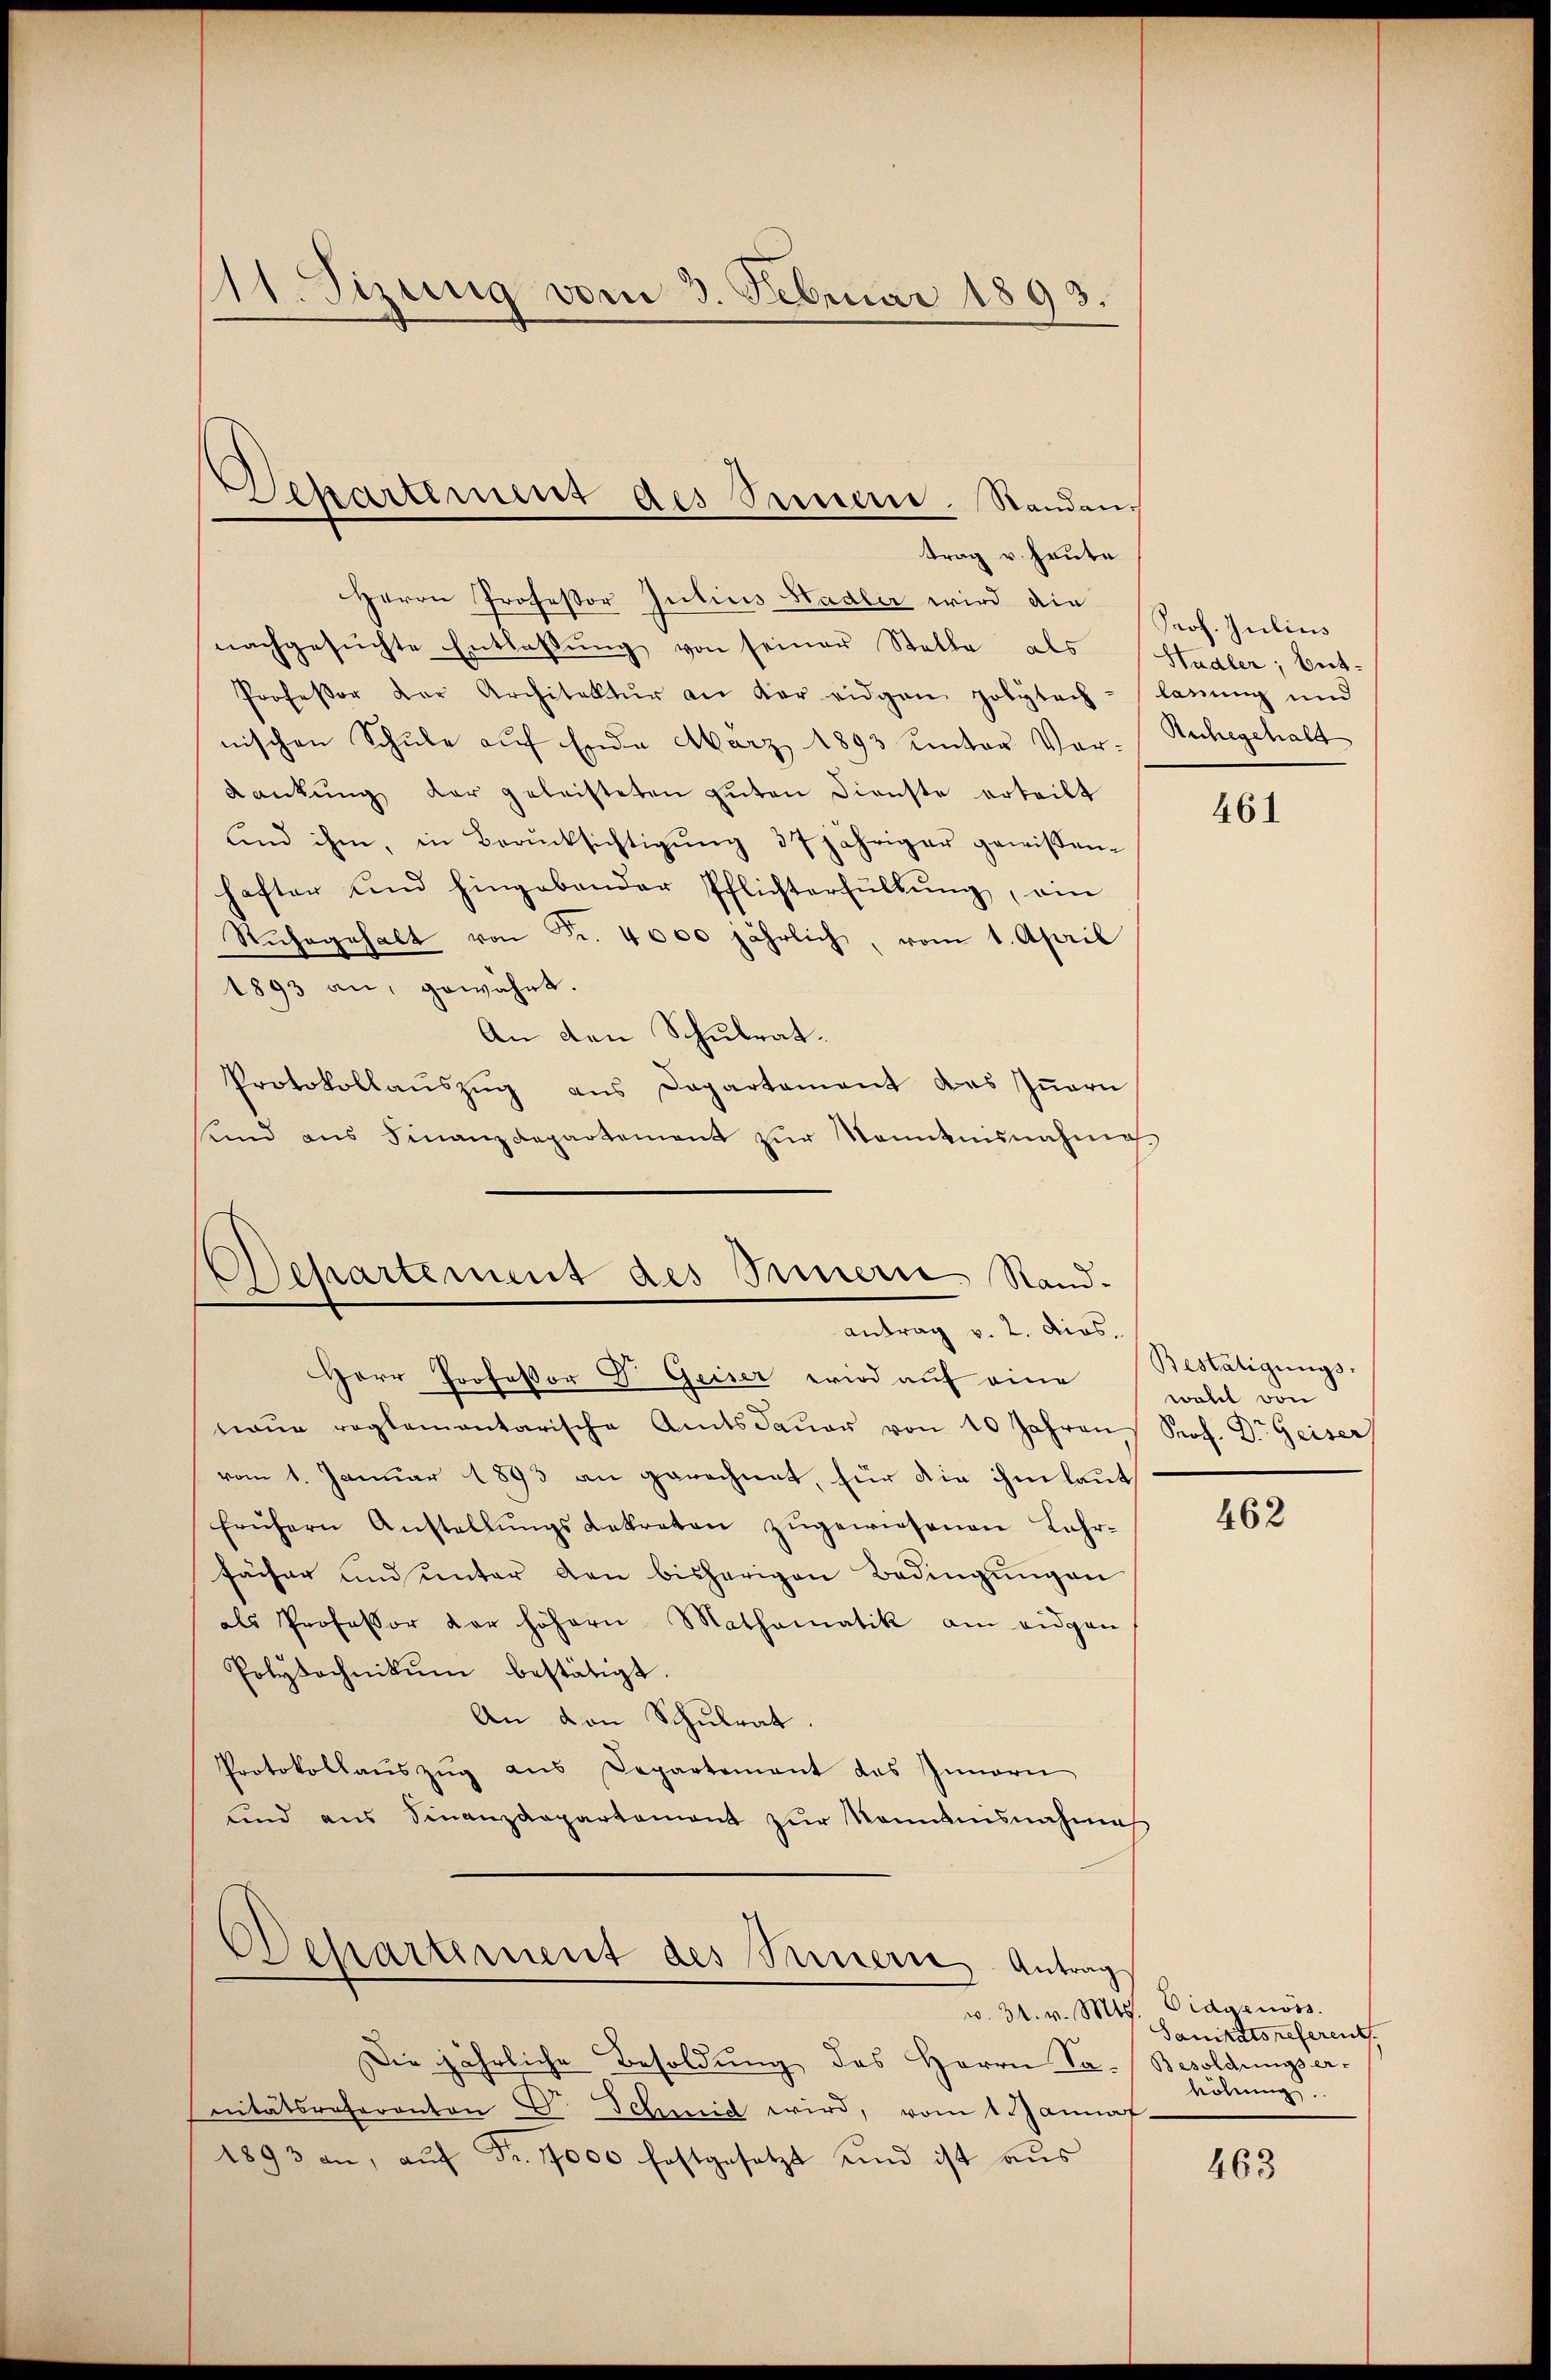
1. Tizung vom 3. Februar 1893.

Herrn Professor Julius Hadler wird die
nachgesŭchte Entlaßung von seiner Stelle als Stadler; bet¬
Professor der Architektur an der eidgen polytech-lanŭng und
nischen Schule auf Ende März 1893 unter Vor-Ruhegehalt
Kankŭng der geleisteten gŭten Dienste erteilt
und ihm, in Berücksichtigŭng 37 jähriger gewissen-
hafter und hingabender Pflichterfüllŭng, ein
Rŭhegehalt von Fr. 4000 jährlich, vom 1. April
1893 an, gewährt.
An den Schulrat.
Protokollaŭszŭg ans Departement des Iṅern
sind ans Finanzdepartement zŭr Kenntnisnahme

Departement des Innern. Standen,
trag v. heute

Separtement des Innern Stand-
antrag v. 2. dies.

Herr Professor E. Geiser wird auf eine
naŭe reglementarische Amtsdaŭer von 10 Jahren Prof. Dr. Geiser
vom 1. Januar 1893 an gerechnet, für die ihm laut
frühern Anstellŭngsdekreten zŭgewiesenen Lahr-
fächer und unter den bisherigen Bedingŭngen
als Professor der höhern Mathematik am eidgen
Polytechnikum bestätigt.
An den Schulrat.
Protokollaŭszŭg aŭs Departement des Innern
und aus Finanzdepartament zŭr Nomanisnahmes

d
Dehartement des Seinern Antrag

Die jährliche Besoldung des Herrn Jo- Besoldungser-
nitätsreferanton Dr. Schmid wird, vom 1. Jannaf.
1893 an, aŭf Fr. 1000 festgesetzt und ist aŭs

Prof. Julius

461

Bestätigungs-
wohl von

462

w. 31. v. Mts. Didgenöss.
Sanitätsreferent.
höhung.

463